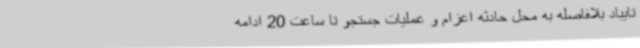
تایباد بلافاصله به محل حادثه اعزام و عملیات جستجو تا ساعت 20 ادامه